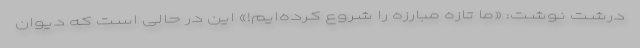
درشت نوشت: «ما تازه مبارزه را شروع کرده‌ایم!» این در حالی است که دیوان